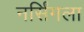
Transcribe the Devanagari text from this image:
नर्सिंगला